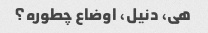
هی، دنیل، اوضاع چطوره؟